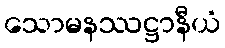
သောမနဿဋ္ဌာနီယံ